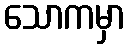
သောကမှာ